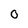
Character: 0